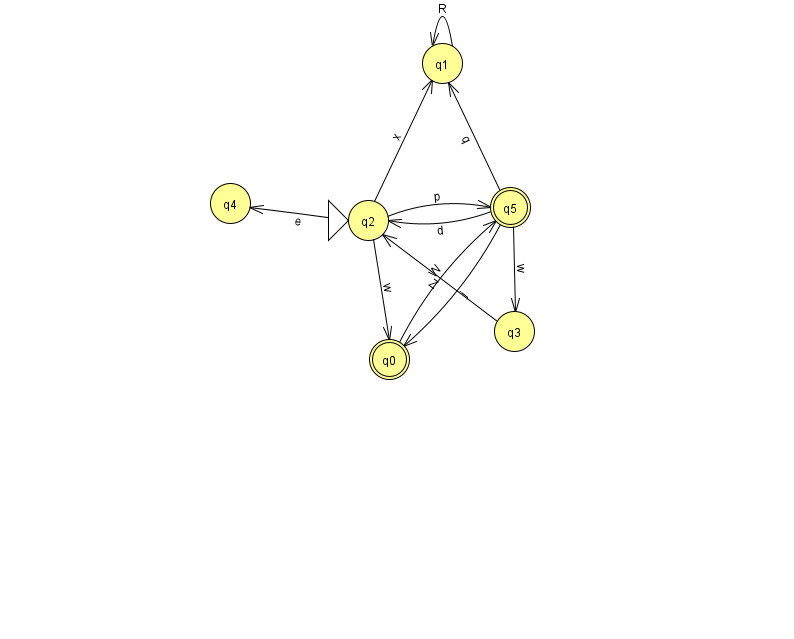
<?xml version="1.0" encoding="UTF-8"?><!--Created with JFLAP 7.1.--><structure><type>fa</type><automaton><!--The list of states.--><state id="0" name="q0"><x>389.0</x><y>346.0</y><final/></state><state id="1" name="q1"><x>442.0</x><y>50.0</y></state><state id="2" name="q2"><x>368.0</x><y>207.0</y><initial/></state><state id="3" name="q3"><x>514.0</x><y>318.0</y></state><state id="4" name="q4"><x>230.0</x><y>190.0</y></state><state id="5" name="q5"><x>510.0</x><y>194.0</y><final/></state><!--The list of transitions.--><transition><from>2</from><to>4</to><read>e</read></transition><transition><from>3</from><to>2</to><read>Z</read></transition><transition><from>1</from><to>1</to><read>R</read></transition><transition><from>5</from><to>3</to><read>w</read></transition><transition><from>0</from><to>5</to><read>W</read></transition><transition><from>5</from><to>0</to><read>j</read></transition><transition><from>2</from><to>0</to><read>w</read></transition><transition><from>5</from><to>1</to><read>q</read></transition><transition><from>5</from><to>2</to><read>d</read></transition><transition><from>2</from><to>1</to><read>x</read></transition><transition><from>2</from><to>5</to><read>p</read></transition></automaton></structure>